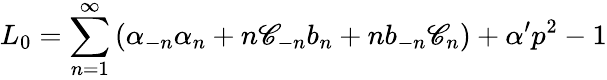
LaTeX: L_{0}=\sum_{n=1}^{\infty}\left(\alpha_{-n}\alpha_{n}+n\mathscr{C}_{-n}b_{n}+nb_{-n}\mathscr{C}_{n}\right)+\alpha^{\prime}p^{2}-1